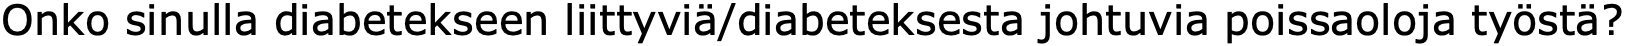
Onko sinulla diabetekseen liittyviä/diabeteksesta johtuvia poissaoloja työstä?